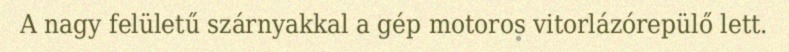
A nagy felületű szárnyakkal a gép motoros vitorlázórepülő lett.